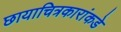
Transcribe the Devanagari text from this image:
छायाचित्रकारांकडे